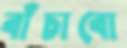
বাঁচাবো